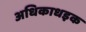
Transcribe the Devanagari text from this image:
अधिकाधइक